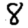
Digit: 8